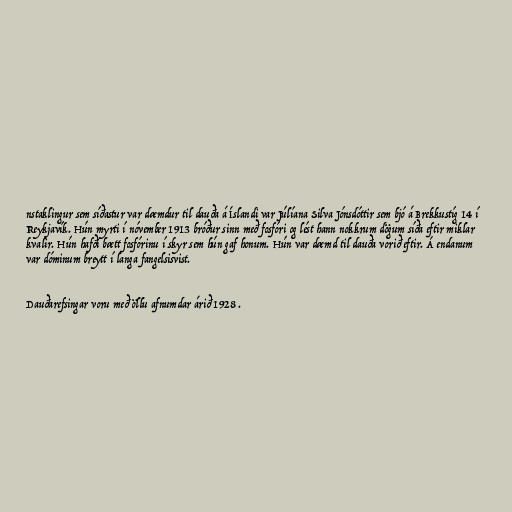
nstaklingur sem síðastur var dæmdur til dauða á Íslandi var Júlíana Silva Jónsdóttir sem bjó á Brekkustíg 14 í
Reykjavík. Hún myrti í nóvember 1913 bróður sinn með fosfóri og lést hann nokkrum dögum síða eftir miklar
kvalir. Hún hafði bætt fosfórinu í skyr sem hún gaf honum. Hún var dæmd til dauða vorið eftir. Á endanum
var dóminum breytt í langa fangelsisvist.

Dauðarefsingar voru með öllu afnumdar árið 1928 .